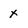
Character: X